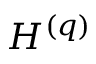
H ^ { ( q ) }